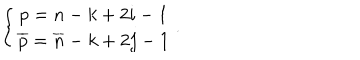
LaTeX: \left\{ \begin{array} { c } { { p = n - k + 2 i - 1 } } \\ { { \overline { { { p } } } = \overline { { { n } } } - k + 2 j - 1 } } \\ \end{array} \right. .